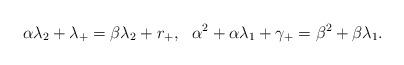
LaTeX: \begin{align*}\alpha\lambda_2+\lambda_+=\beta\lambda_2+r_+,~~\alpha^2+\alpha\lambda_1+\gamma_+=\beta^2+\beta\lambda_1.\end{align*}